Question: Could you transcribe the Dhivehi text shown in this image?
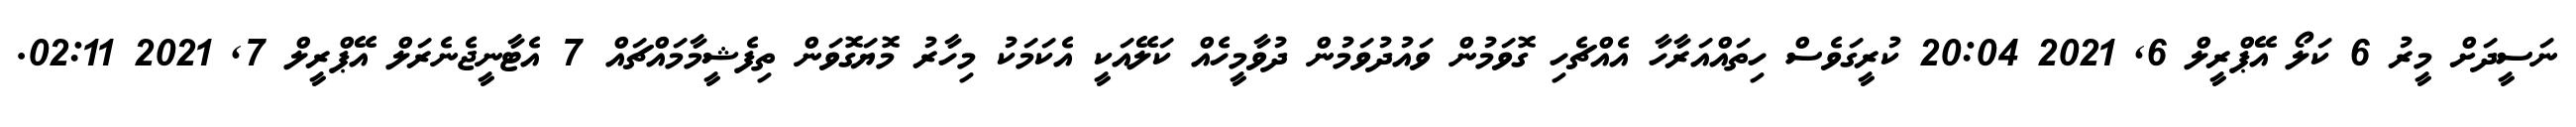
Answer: ނަސީދަށް މީރު 6 ކަލޯ އޭޕްރީލް 6, 2021 20:04 ކުރީގަވެސް ހިތައްއަރާހާ އެއްޗެހި ގޮވަމުން ވައުދުވަމުން ދުވާމީހެއް ކަލޭއަކީ އެކަމަކު މިހާރު މޮޔަގޮވަން ތިފެޝީމާމައްޗައް 7 އެޓާނީޖެނެރަލް އޭޕްރީލް 7, 2021 02:11.